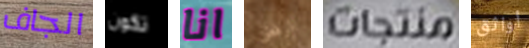
الجاف تكون انا الرفض منتجات أواثق